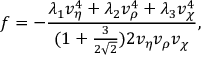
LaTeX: f = - \frac { \lambda _ { 1 } v _ { \eta } ^ { 4 } + \lambda _ { 2 } v _ { \rho } ^ { 4 } + \lambda _ { 3 } v _ { \chi } ^ { 4 } } { ( 1 + \frac { 3 } { 2 \sqrt 2 } ) 2 v _ { \eta } v _ { \rho } v _ { \chi } } ,